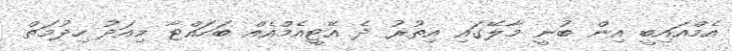
އެމްއައިބީ އިން ބުނީ މާލޭގައި އިތުރު ދެ އޭޓީއެމްއެއް ބަހައްޓާ މިއަދު ހިދުމަތް